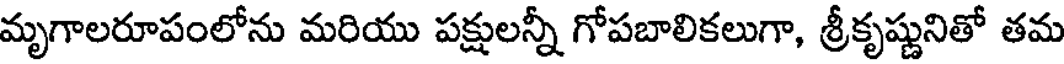
మృగాలరూపంలోను మరియు పక్షులన్నీ గోపబాలికలుగా, శ్రీకృష్ణునితో తమ